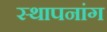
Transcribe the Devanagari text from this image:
स्थापनांग